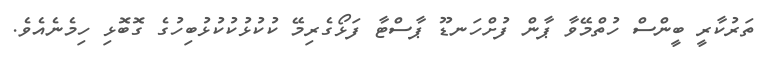
ތަރުކާރީ ބީންސް ހުތްމޭވާ ޕާން ފުށްހަނޑޫ ޕާސްޓާ ފަޅޯގެރިމޭ ކުކުޅުކުކުޅުބިހުގެ ގޮބޮޅި ހިމެނެއެވެ.